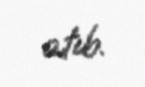
atıb.